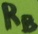
Text: RB